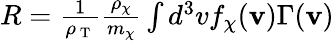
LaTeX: \begin{array}{r}{R=\frac{1}{\rho_{\mathrm{~T~}}}\frac{\rho_{\chi}}{m_{\chi}}\int d^{3}vf_{\chi}(\mathbf{v})\Gamma(\mathbf{v})}\end{array}